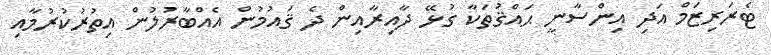
ޓެރަރިޒަމް އަދި އިންސާނީ ޙައްޤުތަކާ ގުޅޭ ދާއިރާއިން ދެ ޤައުމުން އެއްބާރުލުން އިތުރުކުރުމާއި